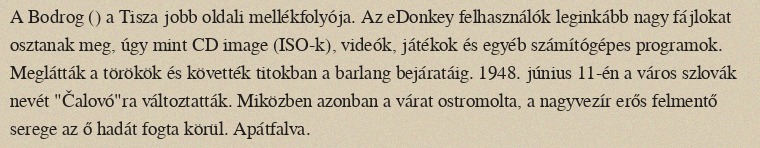
A Bodrog () a Tisza jobb oldali mellékfolyója. Az eDonkey felhasználók leginkább nagy fájlokat osztanak meg, úgy mint CD image (ISO-k), videók, játékok és egyéb számítógépes programok. Meglátták a törökök és követték titokban a barlang bejáratáig. 1948. június 11-én a város szlovák nevét "Čalovó"ra változtatták. Miközben azonban a várat ostromolta, a nagyvezír erős felmentő serege az ő hadát fogta körül. Apátfalva.